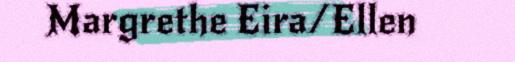
Margrethe Eira/Ellen